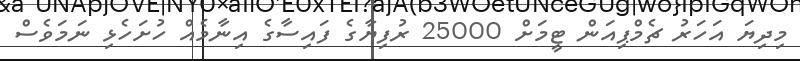
މިދިޔަ އަހަރު ޗެމްޕިއަން ޓީމަށް 25000 ރުފިޔާގެ ފައިސާގެ އިނާމެއް ހުށަހެޅި ނަމަވެސް